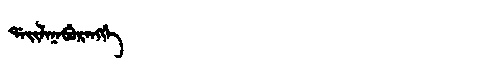
Manchu: ᡩᠠᡳᠯᠠᠨᠠᠪᡠᡵᠠᠩᡤᡝ
Romanization: DAILANABURANGGE